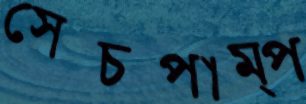
সেচপাম্প